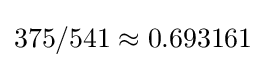
375/541\approx 0.693161